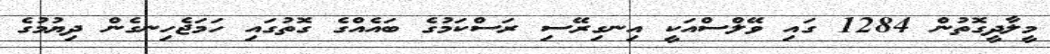
މީލާދީގޮތުން 1284 ގައި ވޭލްސްއަކީ އިނގިރޭސި ރަސްކަމުގެ ބައެއްގެ ގޮތުގައި ހަމަޖެހިނގެން ދިޔުމުގެ